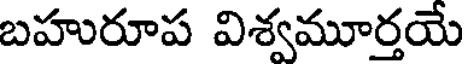
బహురూప విశ్వమూర్తయే